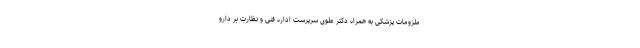
ملزومات پزشکی به همراه دکتر علوی سرپرست اداره فنی و نظارت بر دارو